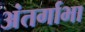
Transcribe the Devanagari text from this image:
अंतर्गाभा